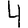
Digit: 4